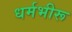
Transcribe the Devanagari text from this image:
धर्मभीरू